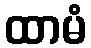
ထာမံ